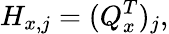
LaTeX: H_{x,j}=(Q_{x}^{T})_{j},